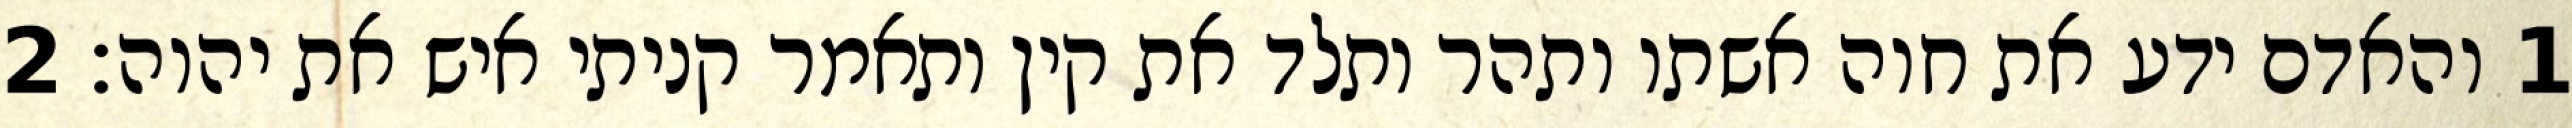
1 והאדם ידע את חוה אשתו ותהר ותלד את קין ותאמר קניתי איש את יהוה׃ ‎2‏